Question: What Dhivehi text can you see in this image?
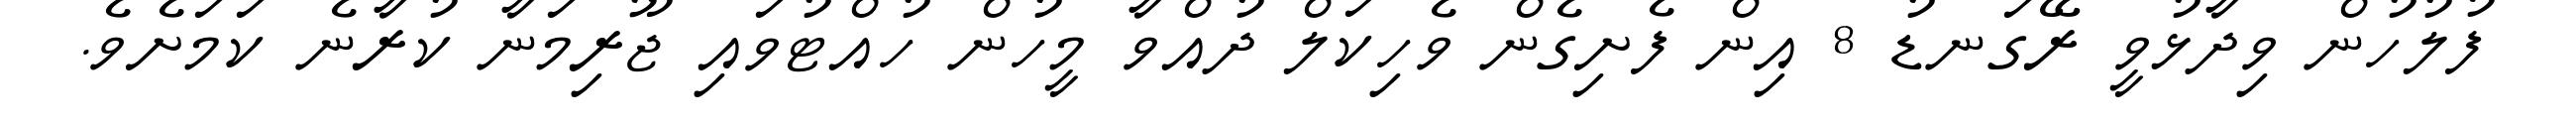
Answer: ފުލުހުން ވިދާޅުވީ ރޭގަނޑު 8 އިން ފެށިގެން ވެހިކަލް ދުއްވާ މީހުން ހުއްޓުވައި ޖޫރިމަނާ ކުރާނެ ކަމަށެވެ.